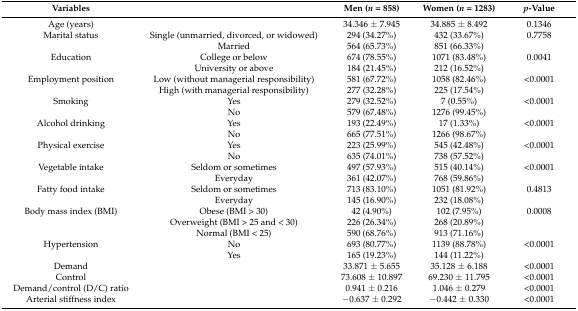
<table><thead><tr><td><b>Variables</b></td><td></td><td><b>Men (<i>n</i> = 858)</b></td><td><b>Women (<i>n</i> = 1283)</b></td><td><b><i>p</i>-Value</b></td></tr></thead><tbody><tr><td>Age (years)</td><td></td><td>34.346 ± 7.945</td><td>34.885 ± 8.492</td><td>0.1346</td></tr><tr><td>Marital status</td><td>Single (unmarried, divorced, or widowed)</td><td>294 (34.27%)</td><td>432 (33.67%)</td><td>0.7758</td></tr><tr><td></td><td>Married</td><td>564 (65.73%)</td><td>851 (66.33%)</td><td></td></tr><tr><td>Education</td><td>College or below</td><td>674 (78.55%)</td><td>1071 (83.48%)</td><td>0.0041</td></tr><tr><td></td><td>University or above</td><td>184 (21.45%)</td><td>212 (16.52%)</td><td></td></tr><tr><td>Employment position</td><td>Low (without managerial responsibility)</td><td>581 (67.72%)</td><td>1058 (82.46%)</td><td>&lt;0.0001</td></tr><tr><td></td><td>High (with managerial responsibility)</td><td>277 (32.28%)</td><td>225 (17.54%)</td><td></td></tr><tr><td>Smoking</td><td>Yes</td><td>279 (32.52%)</td><td>7 (0.55%)</td><td>&lt;0.0001</td></tr><tr><td></td><td>No</td><td>579 (67.48%)</td><td>1276 (99.45%)</td><td></td></tr><tr><td>Alcohol drinking</td><td>Yes</td><td>193 (22.49%)</td><td>17 (1.33%)</td><td>&lt;0.0001</td></tr><tr><td></td><td>No</td><td>665 (77.51%)</td><td>1266 (98.67%)</td><td></td></tr><tr><td>Physical exercise</td><td>Yes</td><td>223 (25.99%)</td><td>545 (42.48%)</td><td>&lt;0.0001</td></tr><tr><td></td><td>No</td><td>635 (74.01%)</td><td>738 (57.52%)</td><td></td></tr><tr><td>Vegetable intake</td><td>Seldom or sometimes</td><td>497 (57.93%)</td><td>515 (40.14%)</td><td>&lt;0.0001</td></tr><tr><td></td><td>Everyday</td><td>361 (42.07%)</td><td>768 (59.86%)</td><td></td></tr><tr><td>Fatty food intake</td><td>Seldom or sometimes</td><td>713 (83.10%)</td><td>1051 (81.92%)</td><td>0.4813</td></tr><tr><td></td><td>Everyday</td><td>145 (16.90%)</td><td>232 (18.08%)</td><td></td></tr><tr><td>Body mass index (BMI)</td><td>Obese (BMI &gt; 30)</td><td>42 (4.90%)</td><td>102 (7.95%)</td><td>0.0008</td></tr><tr><td></td><td>Overweight (BMI &gt; 25 and &lt; 30)</td><td>226 (26.34%)</td><td>268 (20.89%)</td><td></td></tr><tr><td></td><td>Normal (BMI &lt; 25)</td><td>590 (68.76%)</td><td>913 (71.16%)</td><td></td></tr><tr><td>Hypertension</td><td>No</td><td>693 (80.77%)</td><td>1139 (88.78%)</td><td>&lt;0.0001</td></tr><tr><td></td><td>Yes</td><td>165 (19.23%)</td><td>144 (11.22%)</td><td></td></tr><tr><td>Demand</td><td></td><td>33.871 ± 5.655</td><td>35.128 ± 6.188</td><td>&lt;0.0001</td></tr><tr><td>Control</td><td></td><td>73.608 ± 10.897</td><td>69.230 ± 11.795</td><td>&lt;0.0001</td></tr><tr><td>Demand/control (D/C) ratio</td><td></td><td>0.941 ± 0.216</td><td>1.046 ± 0.279</td><td>&lt;0.0001</td></tr><tr><td>Arterial stiffness index</td><td></td><td>−0.637 ± 0.292</td><td>−0.442 ± 0.330</td><td>&lt;0.0001</td></tr></tbody></table>